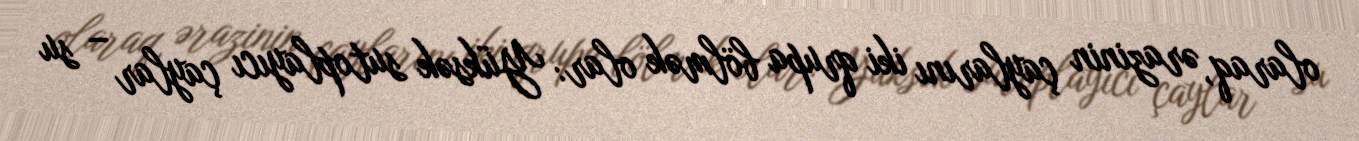
olaraq, ərazinin çaylarını iki qrupa bölmək olar: Yüksək sutoplayıcı çaylar – su